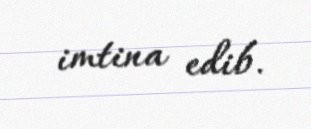
imtina edib.